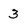
Character: 3